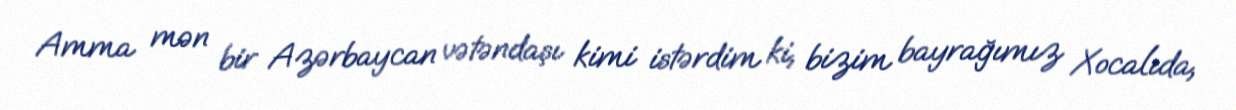
Amma mən bir Azərbaycan vətəndaşı kimi istərdim ki, bizim bayrağımız Xocalıda,